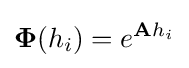
\mathbf {\Phi } (h_{i})=e^{\mathbf {A} h_{i}}